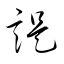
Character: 諟